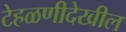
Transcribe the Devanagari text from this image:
टेहळणीदेखील